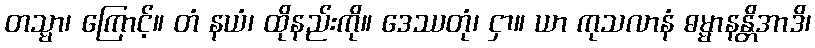
တသ္မာ၊ ကြောင့်။ တံ နယံ၊ ထိုနည်းကို။ ဒေဿတုံ၊ ငှာ။ ယာ ကုသလာနံ ဓမ္မာနန္တိအာဒိ၊